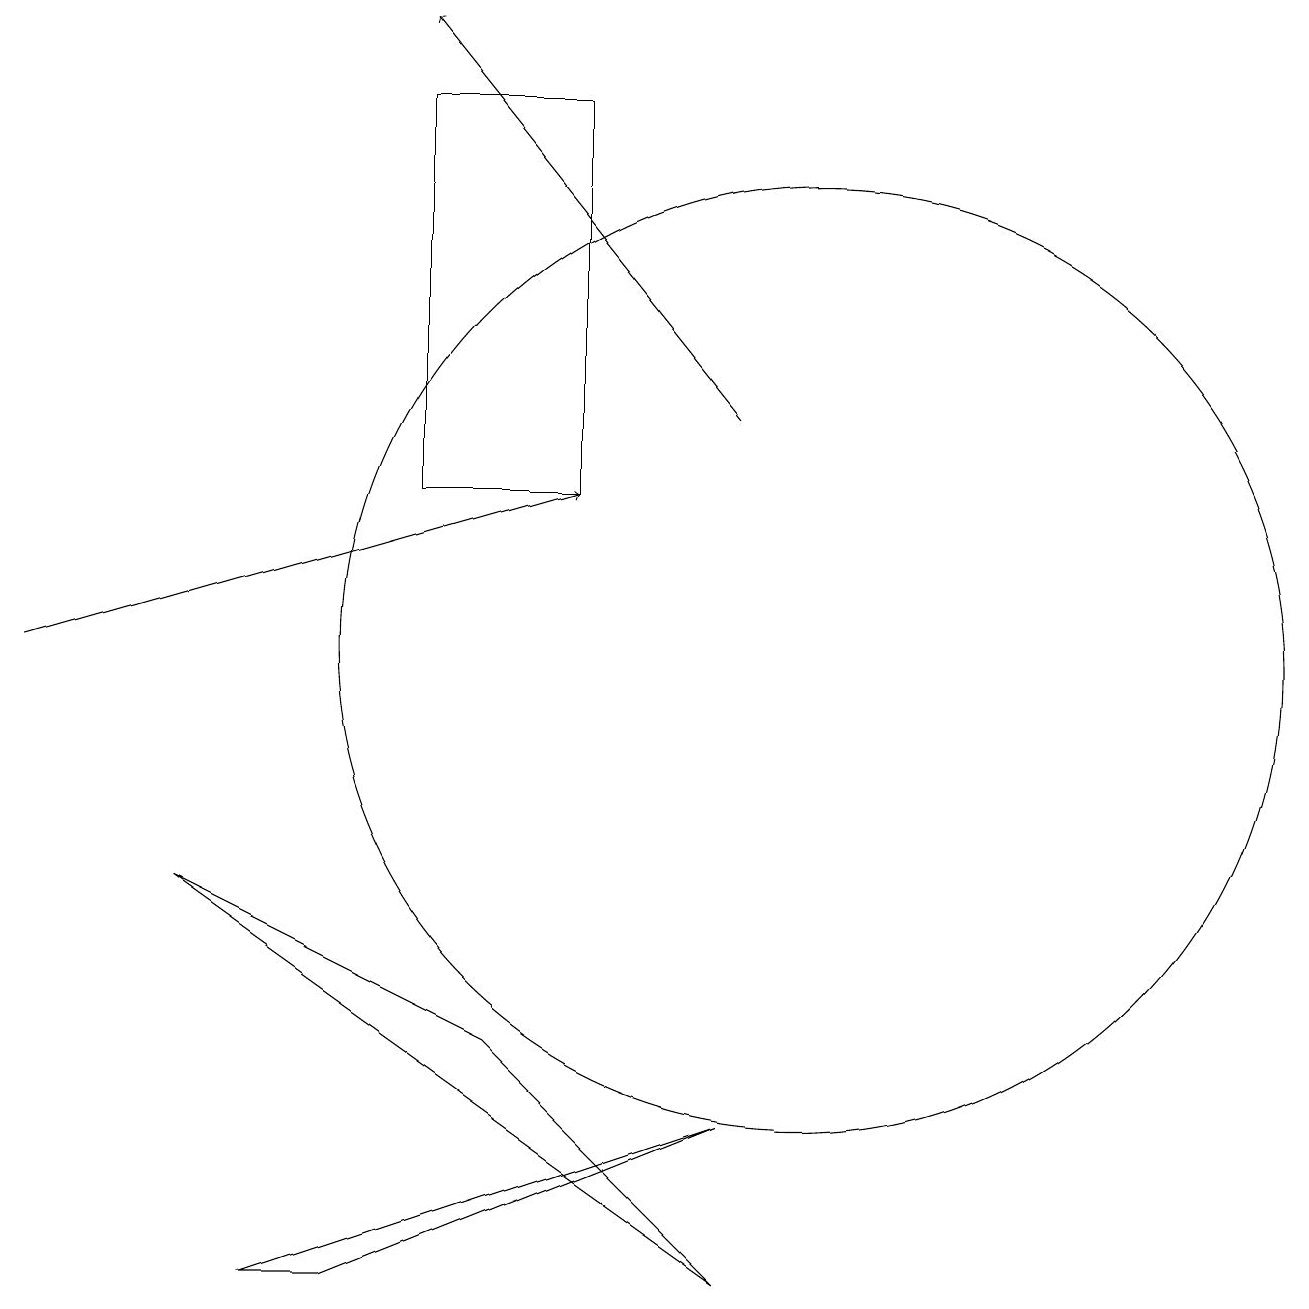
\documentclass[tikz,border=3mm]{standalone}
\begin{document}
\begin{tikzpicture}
\draw[->] (0,10) -- (7,12);
\draw (10,10) circle (6);
\draw[->] (9,13) -- (5,18);
\draw (9,2) -- (2,7) -- (6,5) -- cycle;
\draw (9,4) -- (4,2) -- (3,2) -- cycle;
\draw (7,17) rectangle (5,12);
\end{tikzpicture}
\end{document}